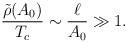
\begin{align*}\frac{\tilde{\rho}(A_0)}{T_c}\sim \frac{\ell}{A_0}\gg 1.\end{align*}